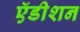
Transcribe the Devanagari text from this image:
ऍडीशन